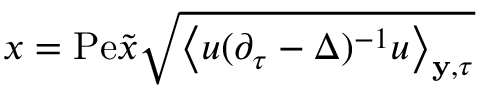
x = \mathrm { P e } \tilde { x } \sqrt { \left\langle u ( \partial _ { \tau } - \Delta ) ^ { - 1 } u \right\rangle _ { \mathbf { y } , \tau } }